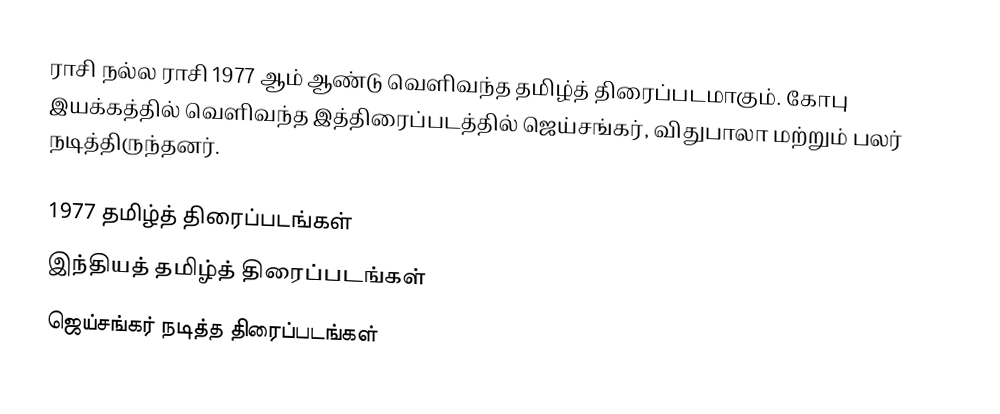
ராசி நல்ல ராசி 1977 ஆம் ஆண்டு வெளிவந்த தமிழ்த் திரைப்படமாகும். கோபு இயக்கத்தில் வெளிவந்த இத்திரைப்படத்தில் ஜெய்சங்கர், விதுபாலா மற்றும் பலர் நடித்திருந்தனர்.

1977 தமிழ்த் திரைப்படங்கள்
இந்தியத் தமிழ்த் திரைப்படங்கள்
ஜெய்சங்கர் நடித்த திரைப்படங்கள்